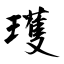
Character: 瓁